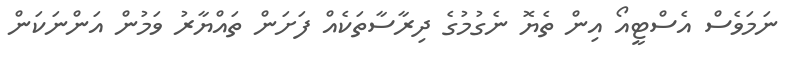
ނަމަވެސް އެސްޓީއޯ އިން ތެޔޮ ނެގުމުގެ ދިރާސާތަކެއް ފަށަން ތައްޔާރު ވަމުން އަންނަކަން